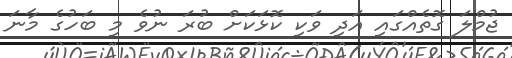
ޖުމްލަ ގޮތެއްގައި އަދި ވަކި ކޮޅަކަށް ބުރަ ނުވެ މި ބަހުގެ މާނަ